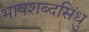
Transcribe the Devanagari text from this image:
भाषशब्दसिंधु